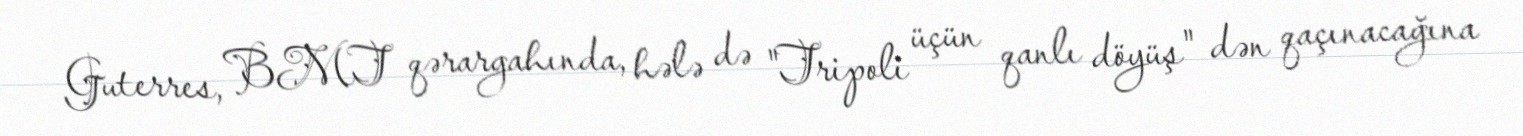
Guterres, BMT qərargahında, hələ də "Tripoli üçün qanlı döyüş" dən qaçınacağına